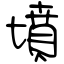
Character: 墳